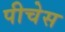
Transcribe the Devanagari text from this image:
पीचेस